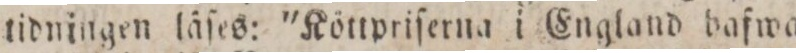
tidningen läſes: 'Köttpriſerna i England bafwa